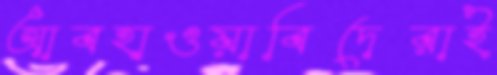
আবহাওয়াবিদেরাই